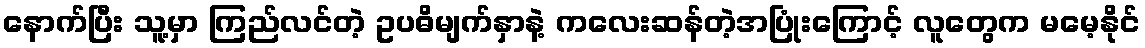
နောက်ပြီး သူ့မှာ ကြည်လင်တဲ့ ဥပဓိမျက်နှာနဲ့ ကလေးဆန်တဲ့အပြုံးကြောင့် လူတွေက မမေ့နိုင်